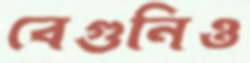
বেগুনিও